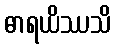
ဓာရယိဿသိ